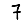
Digit: 7